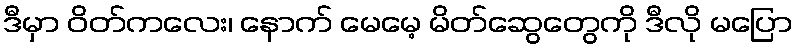
ဒီမှာ ဝိတ်ကလေး၊ နောက် မေမေ့ မိတ်ဆွေတွေကို ဒီလို မပြော